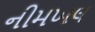
નીમખલ